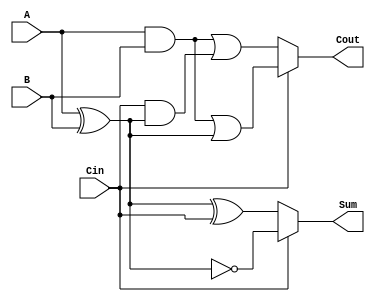
module ConditionalSumFullAdder (
    input wire A,      // First binary input
    input wire B,      // Second binary input
    input wire Cin,    // Carry input from previous stage
    output wire Sum,   // Sum output
    output wire Cout   // Carry output for next stage
);

    // Intermediate signals for Sum0, Sum1, Cout0, and Cout1
    wire Sum0, Sum1;
    wire Cout0, Cout1;

    // Calculate Sum0 and Cout0
    assign Sum0 = A ^ B ^ Cin;
    assign Cout0 = (A & B) | (Cin & (A ^ B));

    // Calculate Sum1 and Cout1
    assign Sum1 = A ^ B ^ 1'b1; // A ^ B ^ 1 is the same as A ^ B ^ 1'b1
    assign Cout1 = (A & B) | ((A ^ B) & 1'b1); // (A ^ B) & 1 is the same as (A ^ B)

    // Select the final Sum and Cout based on Cin
    assign Sum = (Cin == 1'b0) ? Sum0 : Sum1;
    assign Cout = (Cin == 1'b0) ? Cout0 : Cout1;

endmodule